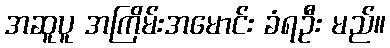
အဆူပူ အကြိမ်းအမောင်း ခံရဦး မည်။